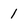
Character: 1